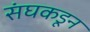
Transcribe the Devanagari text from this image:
संघकडून